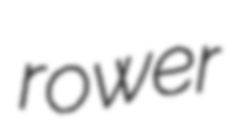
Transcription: rower